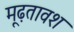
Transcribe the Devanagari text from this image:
मूढ़तावश